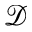
\mathcal { D }